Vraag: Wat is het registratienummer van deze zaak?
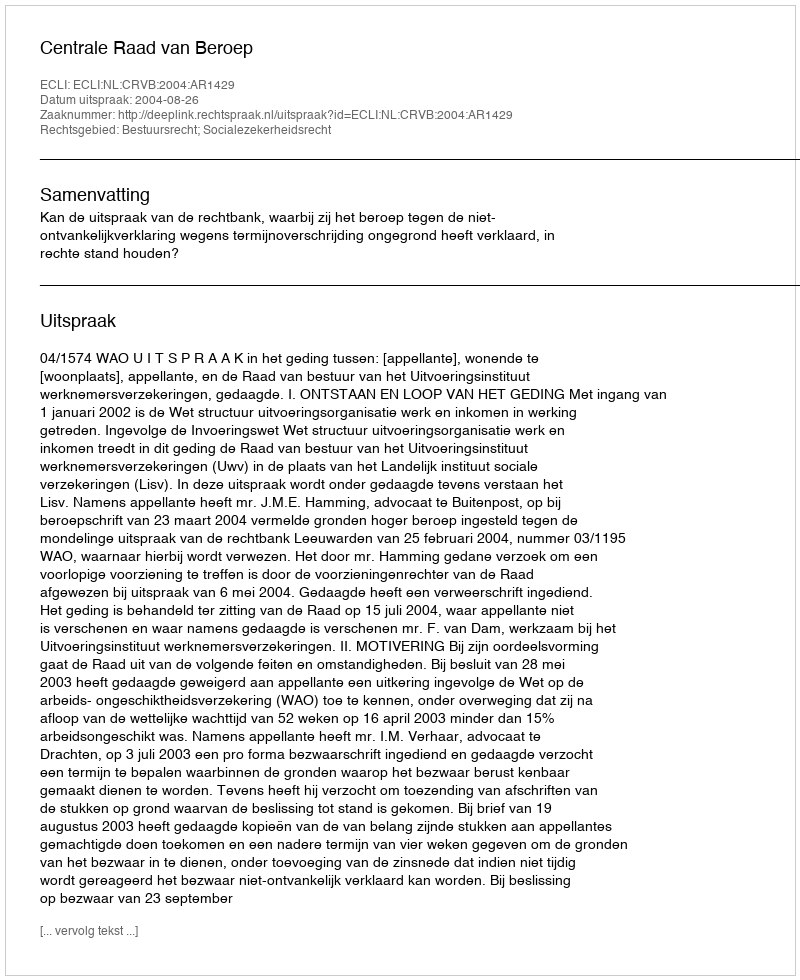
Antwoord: http://deeplink.rechtspraak.nl/uitspraak?id=ECLI:NL:CRVB:2004:AR1429